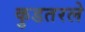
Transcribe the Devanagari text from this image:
कुडतरले